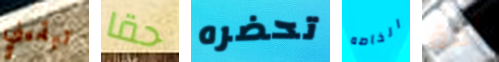
تبقيني حقا تحضره الخاصه أمة